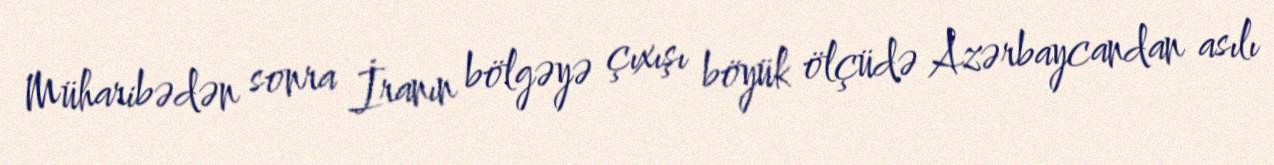
Müharibədən sonra İranın bölgəyə çıxışı böyük ölçüdə Azərbaycandan asılı